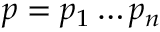
p = p _ { 1 } \dots p _ { n }